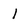
Character: l